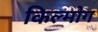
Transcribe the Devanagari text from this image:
किल्मोग